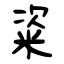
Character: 粢